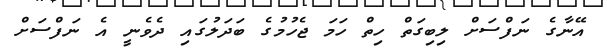
އޭނާގެ ނަފްސަށް ލިބިގަތް ހިތް ހަމަ ޖެހުމުގެ ބަދަލުގައި ދެވެނީ އެ ނަފްސަށް